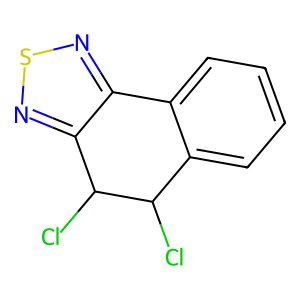
SMILES: ClC1c2ccccc2-c2nsnc2C1Cl
Inhibits HIV replication: No